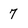
Character: 7